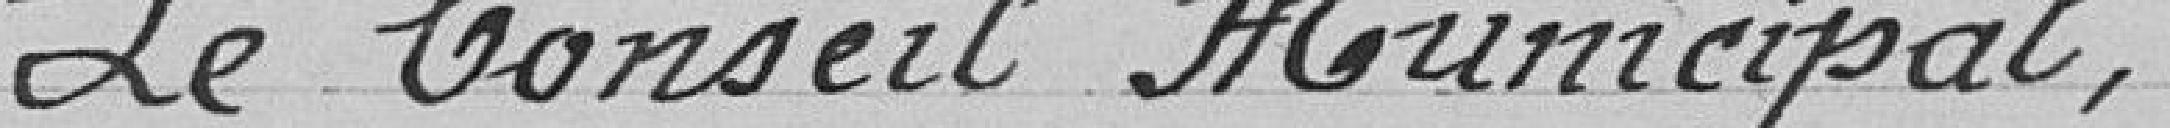
Le conseil municipal,